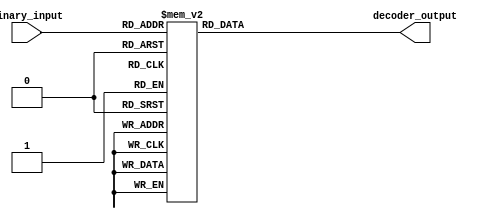
module decoder(binary_input, decoder_output);
input [3:0] binary_input;
output reg [7:0] decoder_output;

always @(*) begin
	case(binary_input)
	4'b0000 : decoder_output = 8'b01111110;
	4'b0001 : decoder_output = 8'b00110000;
	4'b0010 : decoder_output = 8'b01101101;
	4'b0011 : decoder_output = 8'b01111001;
	4'b0100 : decoder_output = 8'b00110011;
	4'b0101 : decoder_output = 8'b01011011;
	4'b0110 : decoder_output = 8'b01011111;
	4'b0111 : decoder_output = 8'b01110000;
	4'b1000 : decoder_output = 8'b01111111;
	4'b1001 : decoder_output = 8'b01111011;//9
	default : decoder_output = 'b0;
	endcase
end
endmodule